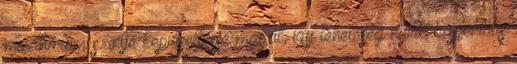
mindhárom szintje képviseltesse magát, így lehetőség nyílik a speciális